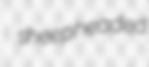
sheepheaded